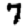
Digit: 7